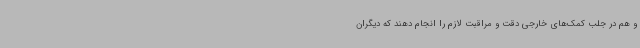
و هم در جلب کمک‌های خارجی دقت و مراقبت لازم را انجام دهند که دیگران